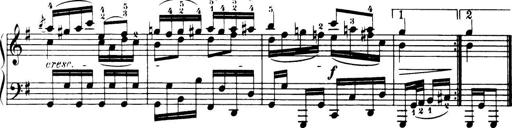
Title: 32 Sonatinas and Rondos for the Piano
Composer: Richard Kleinmichel